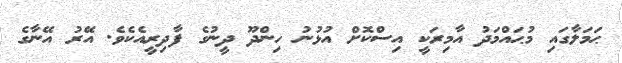
ޙަމަލާގައި މުޙައްމަދު އާމިރަކީ އިސްކޮށް އުޅުނު ހިންދޫ ދީނުގެ ފާދިރީއެކެވެ. އޭރު އޭނާގެ